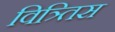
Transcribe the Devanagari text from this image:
वित्र्तिस